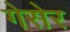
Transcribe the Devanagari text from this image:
गेसेर